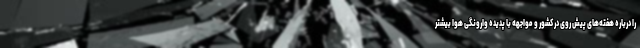
را درباره هفته‌های پیش روی در کشور و مواجهه با پدیده وارونگی هوا بیشتر